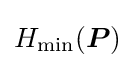
H_{\rm {min}}({\boldsymbol {P}})